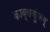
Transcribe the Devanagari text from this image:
काव्यकुंजम्